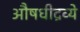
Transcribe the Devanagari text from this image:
औषधीद्रव्ये